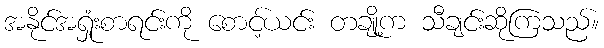
အနိုင်အရှုံးစာရင်းကို စောင့်ယင်း တချို့က သီချင်းဆိုကြသည်။